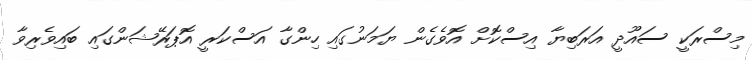
މިސްރަކީ ސައޫދީ އަރަބިޔާ އިސްކޮށް އޮވެގެން ޔަމަނުގައި ހިންގާ އަސްކަރީ އޮޕަރޭޝަންގައި ބައިވެރިވާ